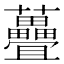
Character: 𫊜